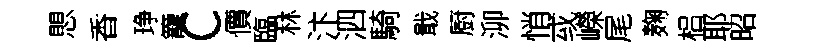
愳香琤籠c價臨林汴泗騎戢厨泖悄㦯嶸尾麹梠耶昭